Scottish Leaving Certificate Examination, 1959
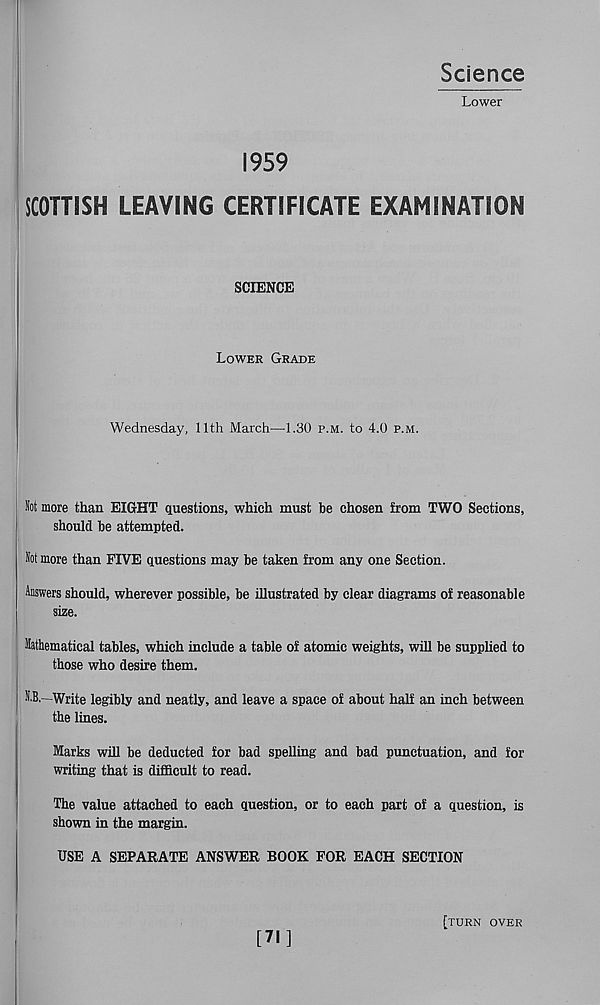
Science
Lower
1959
SCOTTISH LEAVING CERTIFICATE EXAMINATION
SCIENCE
Lower Grade
Wednesday, 11th March—1.30 p.m. to 4.0 p.m.
Hot more than EIGHT questions, which must be chosen from TWO Sections,
should be attempted.
Hot more than FIVE questions may be taken from any one Section.
Answers should, wherever possible, be illustrated by clear diagrams of reasonable
size.
Mathematical tables, which include a table of atomic weights, will be supplied to
those who desire them.
H.B.—Write legibly and neatly, and leave a space of about half an inch between
the lines.
Marks will be deducted for bad spelling and bad punctuation, and for
writing that is difficult to read.
The value attached to each question, or to each part of a question, is
shown in the margin.
USE A SEPARATE ANSWER BOOK FOR EACH SECTION
[71]
[turn over